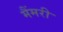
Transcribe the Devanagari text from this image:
मैंमरी